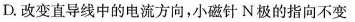
D.改变直导线中的电流方向，小磁针N极的指向不变